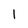
Character: 1